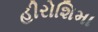
હીરોશિમા